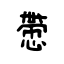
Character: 慸